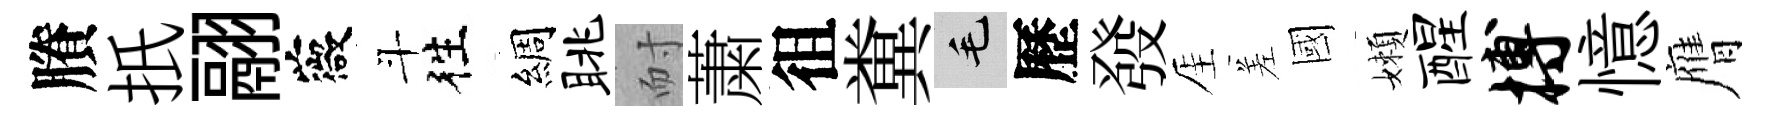
賸扺翮薇斗徃綢眺耐䔥徂糞毛歷發厓差國嬾醒搏憶膺